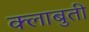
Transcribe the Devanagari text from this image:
क्लाबुती